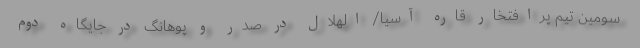
سومین تیم پرافتخار قاره آسیا/ الهلال در صدر و پوهانگ در جایگاه دوم